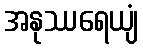
အနုဿရေယျံ